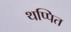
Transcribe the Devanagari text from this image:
थप्पित